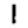
Digit: 1